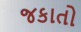
જકાતો